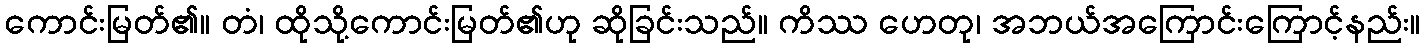
ကောင်းမြတ်၏။ တံ၊ ထိုသို့ကောင်းမြတ်၏ဟု ဆိုခြင်းသည်။ ကိဿ ဟေတု၊ အဘယ်အကြောင်းကြောင့်နည်း။